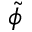
\Tilde { \phi }